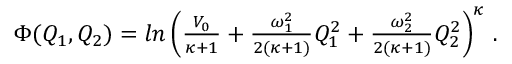
\begin{array} { r } { \Phi ( Q _ { 1 } , Q _ { 2 } ) = l n \left( \frac { V _ { 0 } } { \kappa + 1 } + \frac { \omega _ { 1 } ^ { 2 } } { 2 ( \kappa + 1 ) } Q _ { 1 } ^ { 2 } + \frac { \omega _ { 2 } ^ { 2 } } { 2 ( \kappa + 1 ) } Q _ { 2 } ^ { 2 } \right) ^ { \kappa } \, . } \end{array}